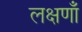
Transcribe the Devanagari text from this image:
लक्षणाँ